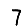
Digit: 7